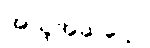
အယူအဆပေါ့။